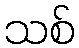
သစ်